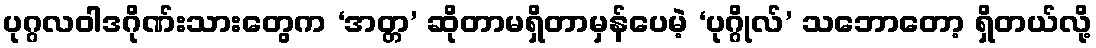
ပုဂ္ဂလဝါဒဂိုဏ်းသားတွေက ‘အတ္တ’ ဆိုတာမရှိတာမှန်ပေမဲ့ ‘ပုဂ္ဂိုလ်’ သဘောတော့ ရှိတယ်လို့